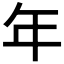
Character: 年